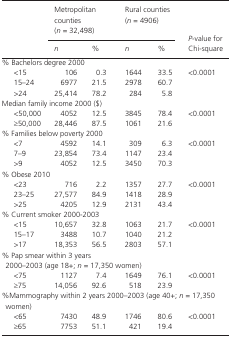
| <ROWSPAN=2>  | <COLSPAN=2> Metropolitan counties (n = 32,498) | <COLSPAN=2> Rural counties (n = 4906) | <ROWSPAN=2> P‐value for Chi‐square |
 | n | % | n | % |
 | --- | --- | --- | --- | --- | --- |
 | <COLSPAN=6> % Bachelors degree 2000 |
 | <15 | 106 | 0.3 | 1644 | 33.5 | <ROWSPAN=3> <0.0001 |
 | 15–24 | 6977 | 21.5 | 2978 | 60.7 |
 | >24 | 25,414 | 78.2 | 284 | 5.8 |
 | <COLSPAN=6> Median family income 2000 ($) |
 | <50,000 | 4052 | 12.5 | 3845 | 78.4 | <ROWSPAN=2> <0.0001 |
 | ≥50,000 | 28,446 | 87.5 | 1061 | 21.6 |
 | <COLSPAN=6> % Families below poverty 2000 |
 | <7 | 4592 | 14.1 | 309 | 6.3 | <ROWSPAN=3> <0.0001 |
 | 7–9 | 23,854 | 73.4 | 1147 | 23.4 |
 | >9 | 4052 | 12.5 | 3450 | 70.3 |
 | <COLSPAN=6> % Obese 2010 |
 | <23 | 716 | 2.2 | 1357 | 27.7 | <ROWSPAN=3> <0.0001 |
 | 23–25 | 27,577 | 84.9 | 1418 | 28.9 |
 | >25 | 4205 | 12.9 | 2131 | 43.4 |
 | <COLSPAN=6> % Current smoker 2000‐2003 |
 | <15 | 10,657 | 32.8 | 1063 | 21.7 | <ROWSPAN=3> <0.0001 |
 | 15–17 | 3488 | 10.7 | 1040 | 21.2 |
 | >17 | 18,353 | 56.5 | 2803 | 57.1 |
 | <COLSPAN=6> % Pap smear within 3 years2000–2003 (age 18+; n = 17,350 women) |
 | <75 | 1127 | 7.4 | 1649 | 76.1 | <ROWSPAN=2> <0.0001 |
 | ≥75 | 14,056 | 92.6 | 518 | 23.9 |
 | <COLSPAN=6> %Mammography within 2 years 2000–2003 (age 40+; n = 17,350 women) |
 | <65 | 7430 | 48.9 | 1746 | 80.6 | <ROWSPAN=2> <0.0001 |
 | ≥65 | 7753 | 51.1 | 421 | 19.4 |